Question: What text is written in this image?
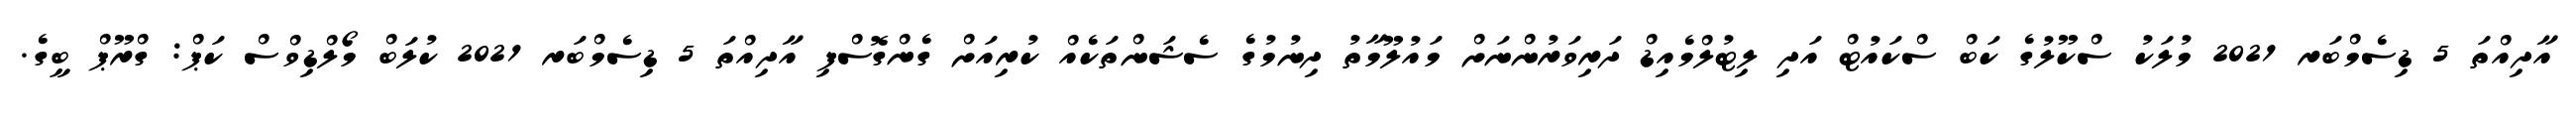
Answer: އާދިއްތަ 5 ޑިސެމްބަރ 2021 މުލަކު ސްކޫލުގެ ކަބް ސްކައުޓް އަދި ލިޓުލްމެއިޑް ދަރިވަރުންނަށް މައުލޫމާތު ދިނުމުގެ ސެޝަންތަކެއް ކުރިއަށް ގެންގޮސްފި އާދިއްތަ 5 ޑިސެމްބަރ 2021 ކުލަބް މޯލްޑިވްސް ކަޕް: ގްރޫޕް ބީގެ.